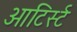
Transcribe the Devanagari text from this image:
आटिर्स्ट